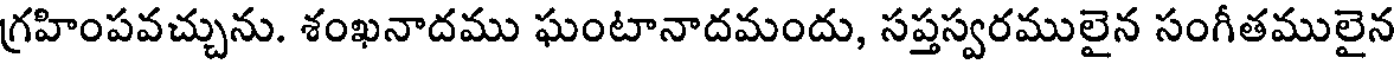
గ్రహింపవచ్చును. శంఖనాదము ఘంటానాదమందు, సప్తస్వరములైన సంగీతములైన